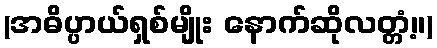
(အဓိပ္ပာယ်ရှစ်မျိုး နောက်ဆိုလတ္တံ့။)